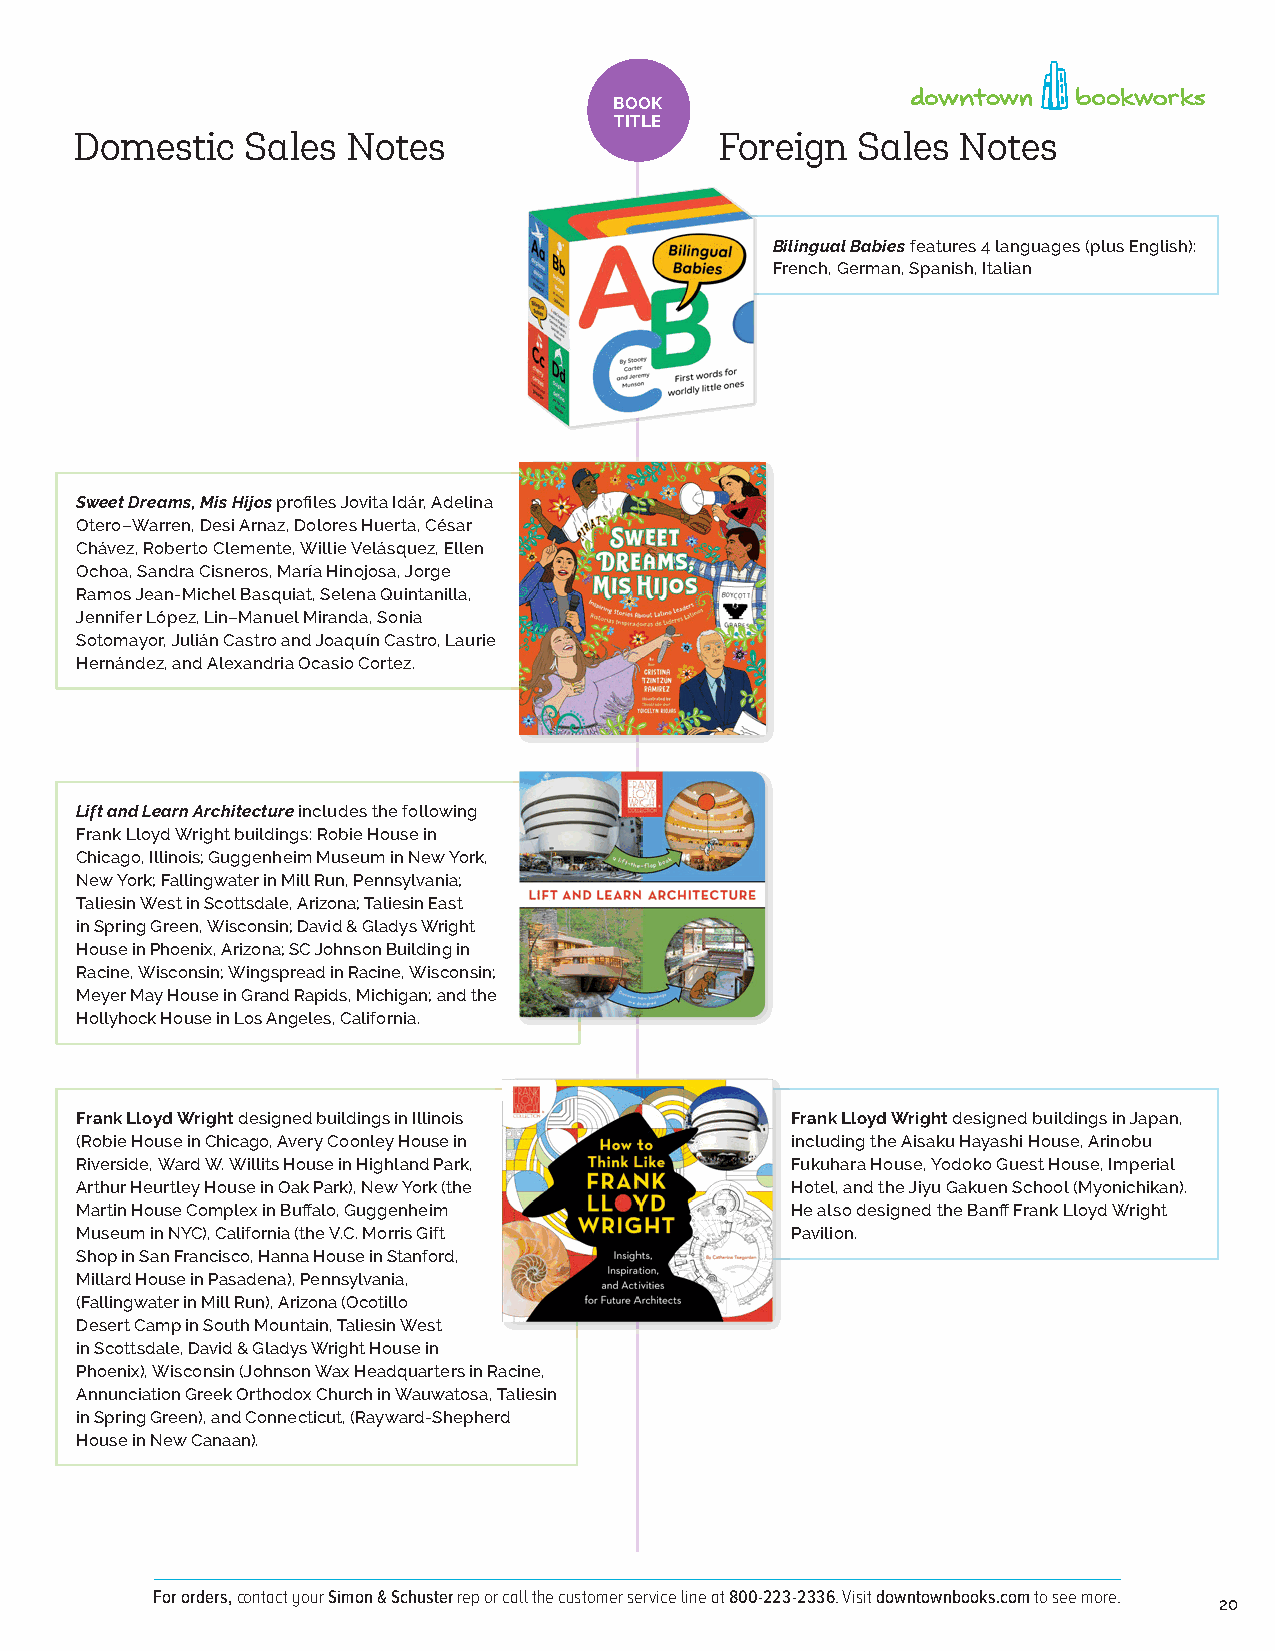
285 West Broadway, Suite 600 • New York, New York 10013
 P 646 613 0707 F 646 613 1011
 www.downtownbookworks.com
 BOOK
 TITLE
 Domestic   Sales  Notes                    Foreign  Sales Notes
 Bilingual Babies features 4 languages (plus English):
 French, German, Spanish, Italian
 Sweet Dreams, Mis Hijos profiles Jovita Idár, Adelina
 Otero–Warren, Desi Arnaz, Dolores Huerta, César
 Chávez, Roberto Clemente, Willie Velásquez, Ellen
 Ochoa, Sandra Cisneros, María Hinojosa, Jorge
 Ramos Jean-Michel Basquiat, Selena Quintanilla,
 Jennifer López, Lin–Manuel Miranda, Sonia
 Sotomayor, Julián Castro and Joaquín Castro, Laurie
 Hernández, and Alexandria Ocasio Cortez.
 Lift and Learn Architecture includes the following
 Frank Lloyd Wright buildings: Robie House in
 Chicago, Illinois; Guggenheim Museum in New York,
 New York; Fallingwater in Mill Run, Pennsylvania;
 Taliesin West in Scottsdale, Arizona; Taliesin East
 in Spring Green, Wisconsin; David & Gladys Wright
 House in Phoenix, Arizona; SC Johnson Building in
 Racine, Wisconsin; Wingspread in Racine, Wisconsin;
 Meyer May House in Grand Rapids, Michigan; and the
 Hollyhock House in Los Angeles, California.
 Frank Lloyd Wright designed buildings in Illinois Frank Lloyd Wright designed buildings in Japan,
 (Robie House in Chicago, Avery Coonley House in including the Aisaku Hayashi House, Arinobu
 Riverside, Ward W. Willits House in Highland Park, Fukuhara House, Yodoko Guest House, Imperial
 Arthur Heurtley House in Oak Park), New York (the Hotel, and the Jiyu Gakuen School (Myonichikan).
 Martin House Complex in Buffalo, Guggenheim    He also designed the Banff Frank Lloyd Wright
 Museum in NYC), California (the V.C. Morris Gift Pavilion.
 Shop in San Francisco, Hanna House in Stanford,
 Millard House in Pasadena), Pennsylvania,
 (Fallingwater in Mill Run), Arizona (Ocotillo
 Desert Camp in South Mountain, Taliesin West
 in Scottsdale, David & Gladys Wright House in
 Phoenix), Wisconsin (Johnson Wax Headquarters in Racine,
 Annunciation Greek Orthodox Church in Wauwatosa, Taliesin
 in Spring Green), and Connecticut, (Rayward-Shepherd
 House in New Canaan).
 For orders, contact your Simon & Schuster rep or call the customer service line at 800-223-2336. Visit downtownbooks.com to see more.
 20